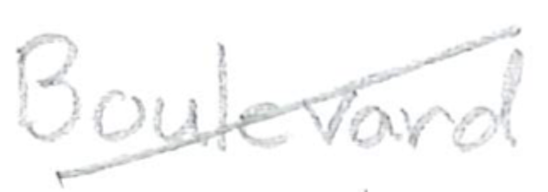
Text: Boulevard
Cross-out: mix
Writing tool: pencil